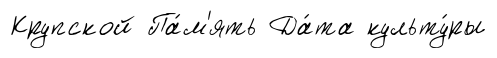
Крупской Па́м'ять Да́та культу́ры